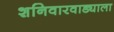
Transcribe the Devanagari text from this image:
शनिवारवाड्याला